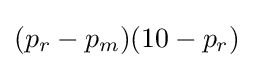
(p_{r}-p_{m})(10-p_{r})